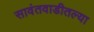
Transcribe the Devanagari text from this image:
सावंतवाडीतल्या